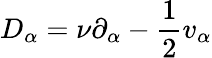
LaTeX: D_{\alpha}=\nu\partial_{\alpha}-\frac{1}{2}v_{\alpha}